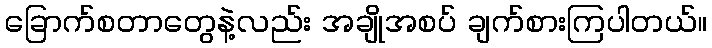
ခြောက်စတာတွေနဲ့လည်း အချိုအစပ် ချက်စားကြပါတယ်။